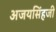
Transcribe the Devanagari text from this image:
अजयसिंहजी